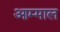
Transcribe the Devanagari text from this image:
आम्माल